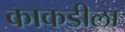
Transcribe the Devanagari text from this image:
काकडीला